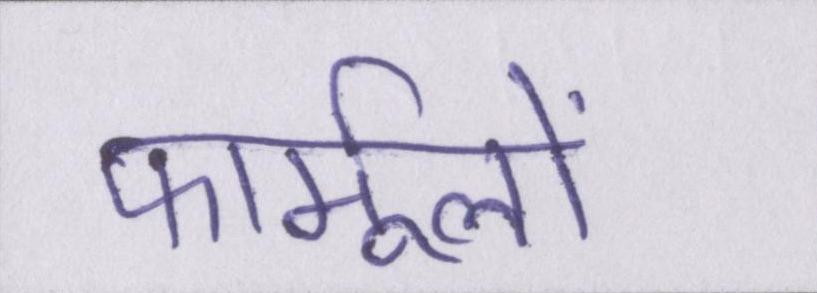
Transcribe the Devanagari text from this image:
फार्मूलों